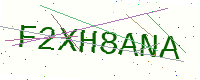
Text: F2XH8ANA